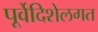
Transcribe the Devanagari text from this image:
पूर्वेदिशेलगत